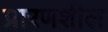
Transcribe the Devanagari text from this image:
प्रारणशील